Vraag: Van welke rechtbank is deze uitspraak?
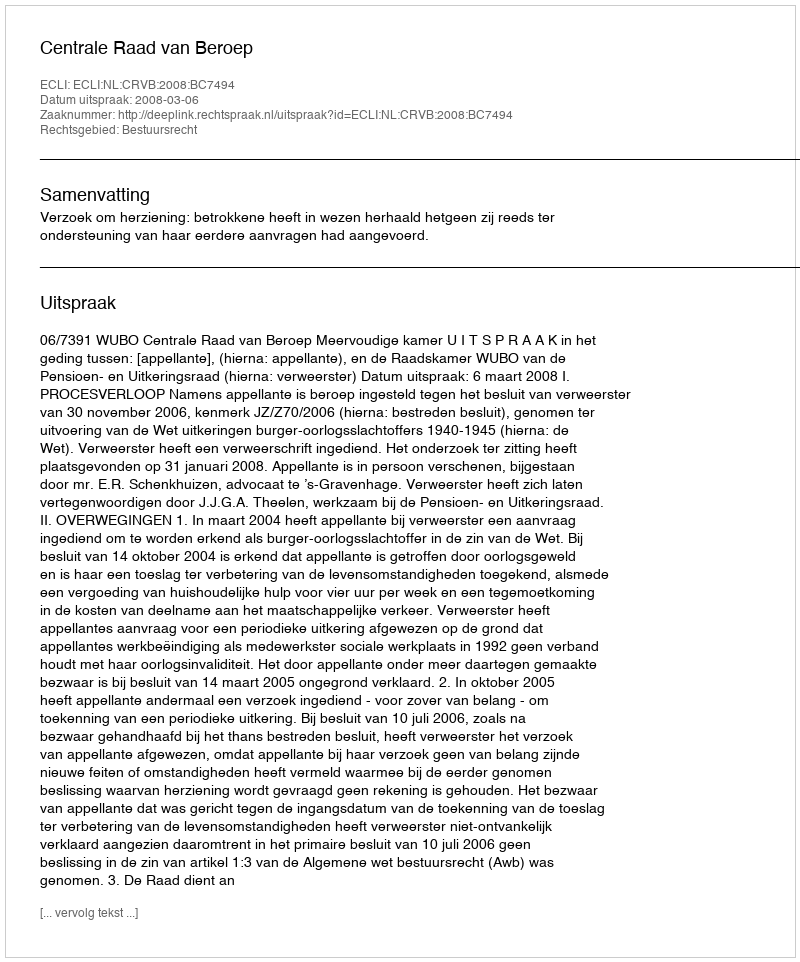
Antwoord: Centrale Raad van Beroep